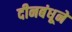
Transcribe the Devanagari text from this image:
दीनबंधूने